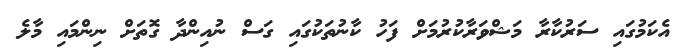
އެކަމުގައި ސަރުކާރާ މަޝްވަރާކުރުމަށް ފަހު ކާނުތަކުގައި ގަސް ނުއިންދާ ގޮތަށް ނިންމައި މާލެ